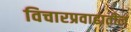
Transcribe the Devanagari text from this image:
विचारप्रवाहातील